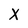
Character: X